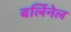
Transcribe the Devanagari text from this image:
बर्लिनेल